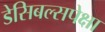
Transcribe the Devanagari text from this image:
डेसिबल्सपेक्षा